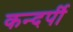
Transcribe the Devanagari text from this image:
कन्दर्पी